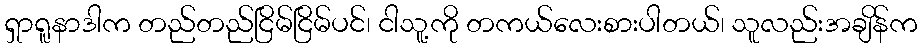
ရှာရူနာဒါက တည်တည်ငြိမ်ငြိမ်ပင်၊ ငါသူ့ကို တကယ်လေးစားပါတယ်၊ သူလည်းအချိန်က